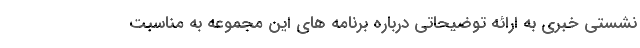
نشستی خبری به ارائه توضیحاتی درباره برنامه های این مجموعه به مناسبت